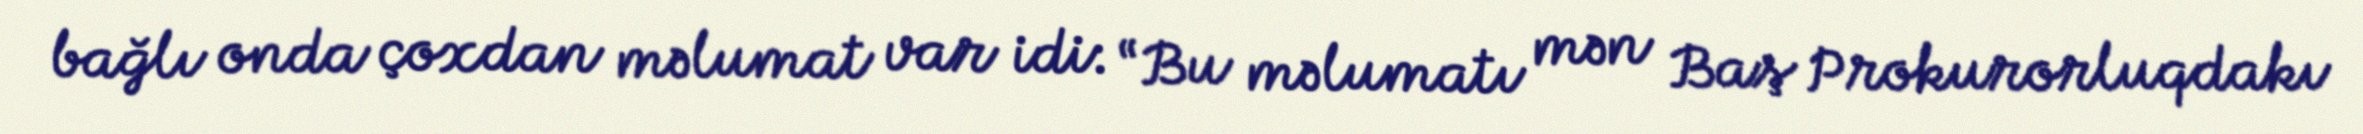
bağlı onda çoxdan məlumat var idi: “Bu məlumatı mən Baş Prokurorluqdakı